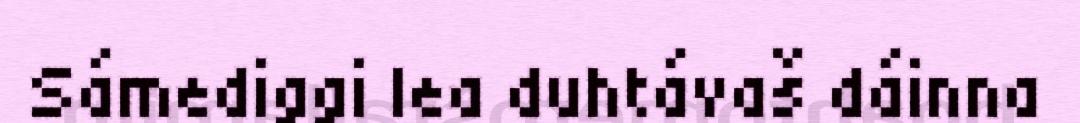
Sámediggi lea duhtávaš dáinna